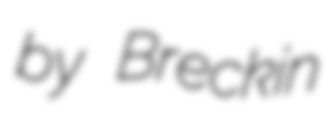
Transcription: by Breckin